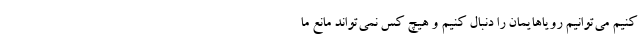
کنیم می‌توانیم رویاهایمان را دنبال کنیم و هیچ کس نمی‌تواند مانع ما